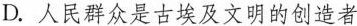
D.人民群众是古埃及文明的创造者